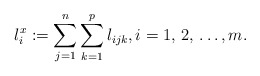
\begin{align*}l_{i}^{x}:=\sum\limits_{j=1}^n \sum\limits_{k=1}^p l_{ijk}, i=1,\thinspace 2,\thinspace \mathellipsis, m.\end{align*}